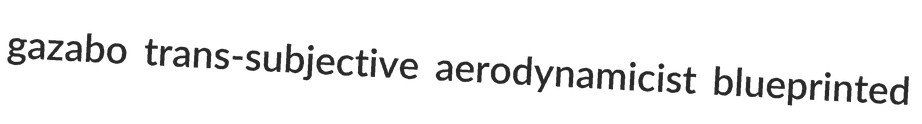
gazabo trans-subjective aerodynamicist blueprinted